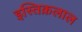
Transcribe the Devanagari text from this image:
इस्तिक़लाल